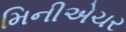
મિનીએચર